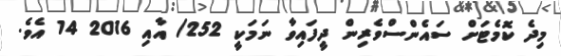
މިދެ ކޮމެޓަށް ސައެންސްވެރިން ދީފައިވާ ނަމަކީ 252/ އާއި 2016 14 އެވެ.